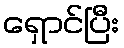
ရှောင်ပြီး